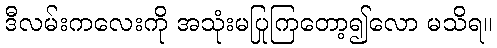
ဒီလမ်းကလေးကို အသုံးမပြုကြတော့၍လော မသိရ။